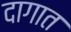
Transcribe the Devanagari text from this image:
दागात